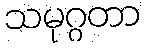
သမုဂ္ဂတာ